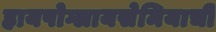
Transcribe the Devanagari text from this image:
हायपोग्लायसेमियाची